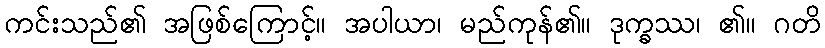
ကင်းသည်၏ အဖြစ်ကြောင့်။ အပါယာ၊ မည်ကုန်၏။ ဒုက္ခဿ၊ ၏။ ဂတိ